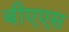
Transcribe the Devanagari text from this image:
बीएएस